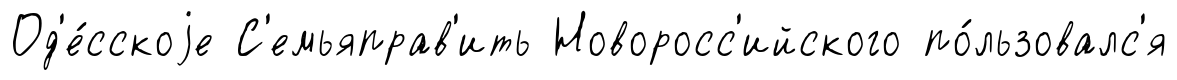
Од'е́сскоjе С'емьяправ'ить Новоросс'ийского по́льзовалс'я